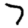
Digit: 7